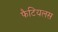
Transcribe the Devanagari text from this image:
फैटियलस